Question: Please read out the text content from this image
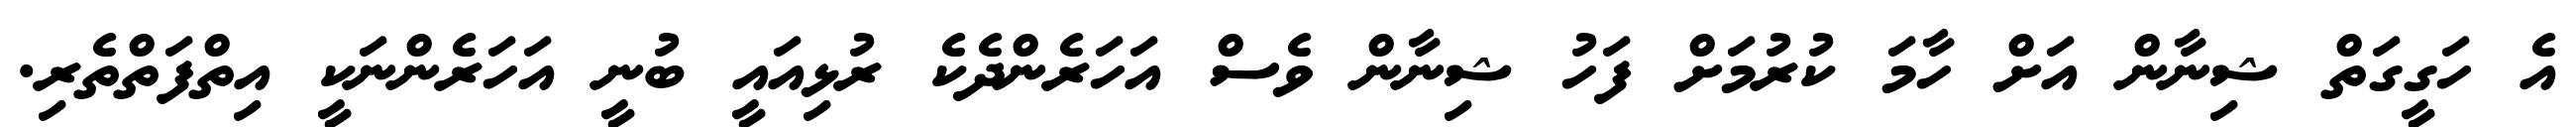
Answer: އެ ހަގީގަތް ޝިނާން އަށް ހާމަ ކުރުމަށް ފަހު ޝިނާން ވެސް އަހަރެންދެކެ ރުޅިއައީ ބުނީ އަހަރެންނަކީ އިތްފަތްތެރި.